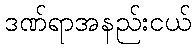
ဒဏ်ရာအနည်းငယ်